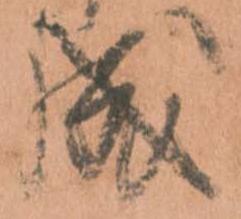
成